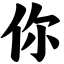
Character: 你